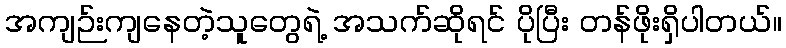
အကျဉ်းကျနေတဲ့သူတွေရဲ့ အသက်ဆိုရင် ပိုပြီး တန်ဖိုးရှိပါတယ်။